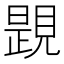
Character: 𧡰